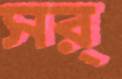
সর্